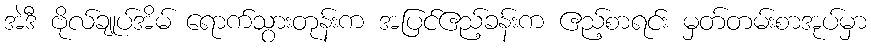
အဲဒီ ဗိုလ်ချုပ်အိမ် ရောက်သွားတုန်းက အပြင်ဧည့်ခန်းက ဧည့်စာရင်း မှတ်တမ်းစာအုပ်မှာ